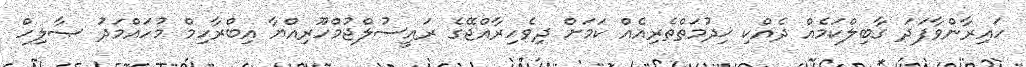
ހައިރާންވާފަދަ ގާބިލްކަމެއް ދެއްކި ޚިދުމަތްތެރިއެއް ކަމަށް ދިވެހިރާއްޖޭގެ ރައީސުލްޖުމްހޫރިއްޔާ އިބްރާހިމް މުހައްމަދު ޞާލިހް